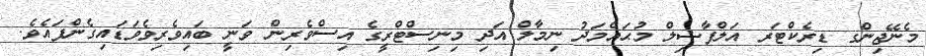
މެނޭޖިންގ ޑިރެކްޓަރ އަލްފާޟިލް މުޙައްމަދު ނިމާލް އަދި މިނިސްޓްރީގެ އިސްވެރިން ވަނީ ބައިވެރިވެވަޑައިގެންފައެވެ.